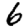
Digit: 6